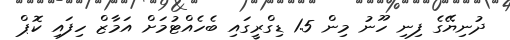
ދުނިޔޭގެ ފިނި ހޫނު މިން 1.5 ޑިގްރީގައި ބެހެއްޓުމަށް އަމާޒް ހިފައި ކޮޕް